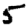
Digit: 5